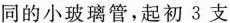
同的小玻璃管，起初3支